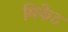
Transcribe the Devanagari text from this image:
मिफेट